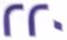
220